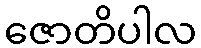
ဇောတိပါလ